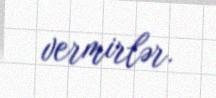
vermirlər.